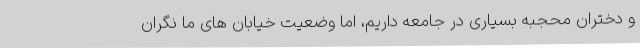
و دختران محجبه بسیاری در جامعه داریم، اما وضعیت خیابان های ما نگران